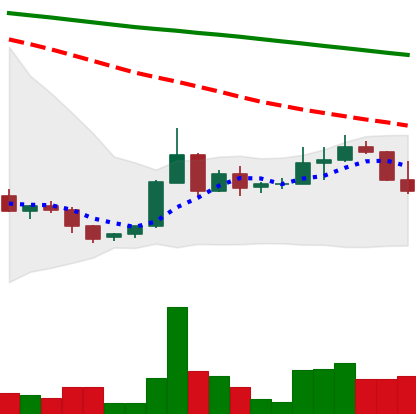
Ticker: ADA-USD
Chart end date: 2022-06-11
Forward return: -14.066%
Label: down_7plus